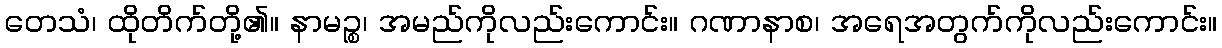
တေသံ၊ ထိုတိက်တို့၏။ နာမဉ္စ၊ အမည်ကိုလည်းကောင်း။ ဂဏာနာစ၊ အရေအတွက်ကိုလည်းကောင်း။